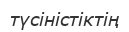
түсіністіктің